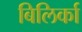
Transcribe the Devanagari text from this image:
बिलिर्का